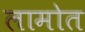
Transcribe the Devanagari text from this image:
लामोत